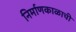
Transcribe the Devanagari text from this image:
निर्माणकाळाची